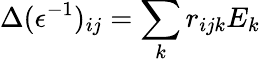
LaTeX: \Delta(\epsilon^{-1})_{ij}=\sum_{k}r_{ijk}E_{k}